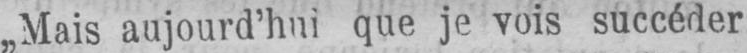
„Mais aujourd’hui que je vois succéder